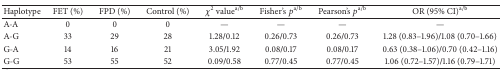
<table><thead><tr><td><b>Haplotype</b></td><td><b>FET (%)</b></td><td><b>FPD (%)</b></td><td><b>Control (%)</b></td><td><b><i>χ</i><sup>2</sup> value<sup>a/b</sup></b></td><td><b>Fisher&#x27;s <i>p</i><sup>a/b</sup></b></td><td><b>Pearson&#x27;s <i>p</i><sup>a/b</sup></b></td><td><b>OR (95% CI)<sup>a/b</sup></b></td></tr></thead><tbody><tr><td>A-A</td><td>0</td><td>0</td><td>0</td><td>—</td><td>—</td><td>—</td><td>—</td></tr><tr><td>A-G</td><td>33</td><td>29</td><td>28</td><td>1.28/0.12</td><td>0.26/0.73</td><td>0.26/0.73</td><td>1.28 (0.83–1.96)/1.08 (0.70–1.66)</td></tr><tr><td>G-A</td><td>14</td><td>16</td><td>21</td><td>3.05/1.92</td><td>0.08/0.17</td><td>0.08/0.17</td><td>0.63 (0.38–1.06)/0.70 (0.42–1.16)</td></tr><tr><td>G-G</td><td>53</td><td>55</td><td>52</td><td>0.09/0.58</td><td>0.77/0.45</td><td>0.77/0.45</td><td>1.06 (0.72–1.57)/1.16 (0.79–1.71)</td></tr></tbody></table>